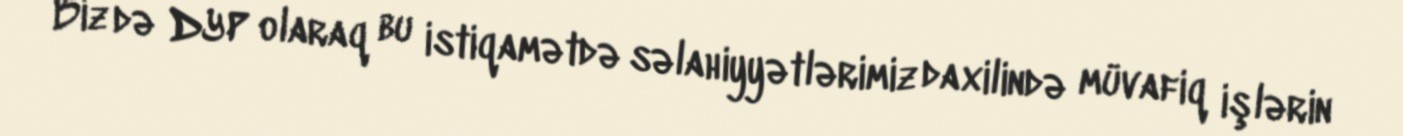
Biz də DYP olaraq bu istiqamətdə səlahiyyətlərimiz daxilində müvafiq işlərin